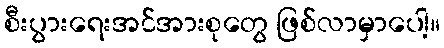
စီးပွားရေးအင်အားစုတွေ ဖြစ်လာမှာပေါ့။